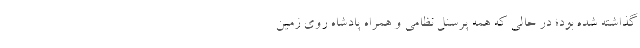
گذاشته شده بود؛ در حالی که همه پرسنل نظامی و همراه پادشاه روی زمین